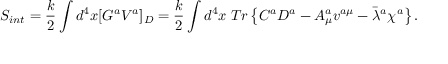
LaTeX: S _ { i n t } = \frac { k } { 2 } \int d ^ { 4 } x [ G ^ { a } V ^ { a } ] _ { D } = \frac { k } { 2 } \int d ^ { 4 } x \; T r \left\{ C ^ { a } D ^ { a } - A _ { \mu } ^ { a } v ^ { a \mu } - \bar { \lambda } { } ^ { a } \chi ^ { a } \right\} .